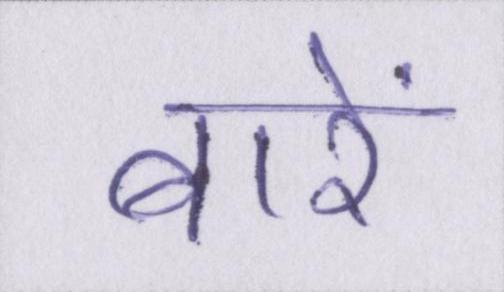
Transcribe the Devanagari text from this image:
बारें